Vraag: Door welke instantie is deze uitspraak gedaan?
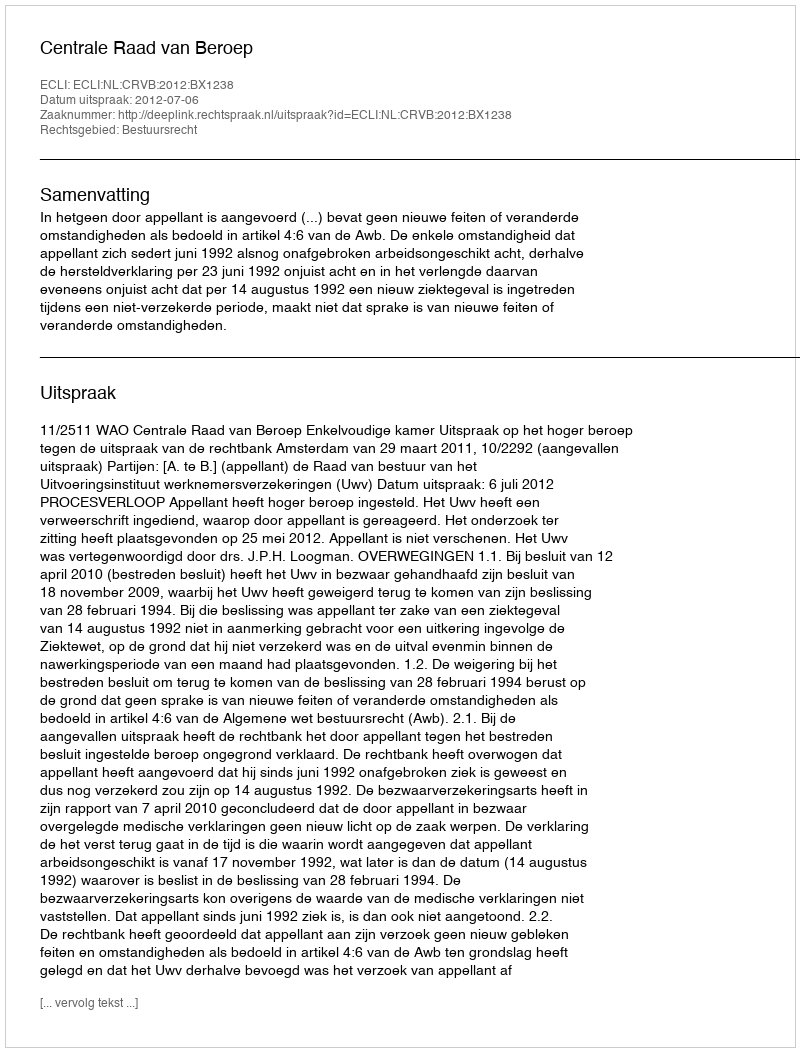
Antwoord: Centrale Raad van Beroep